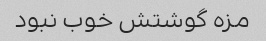
مزه گوشتش خوب نبود